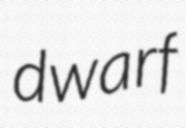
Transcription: dwarf